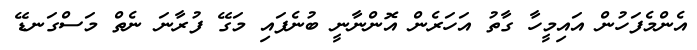
އެންމެފަހުން އައިމީހާ ގާތު އަހަރެން އޮންނާނީ ބުނެފައި މަގޭ ފުރާނަ ނެތް މަސްގަނޑޭ